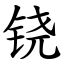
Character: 铙